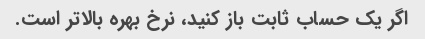
اگر یک حساب ثابت باز کنید، نرخ بهره بالاتر است.